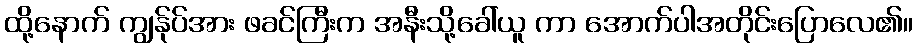
ထို့နောက် ကျွန်ုပ်အား ဖခင်ကြီးက အနီးသို့ခေါ်ယူ ကာ အောက်ပါအတိုင်းပြောလေ၏။